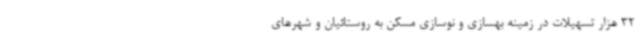
32 هزار تسهیلات در زمینه بهسازی و نوسازی مسکن به روستائیان و شهرهای